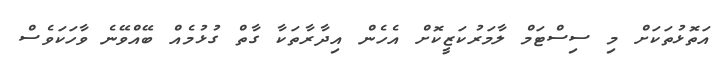
އަތޮޅުތަކަށް މި ސިސްޓަމް ލާމަރުކަޒީކޮށް އެހެން އިދާރާތަކާ ގާތް ގުޅުމެއް ބޭއްވޭނެ ވާހަކަވެސް